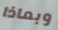
وبماذا